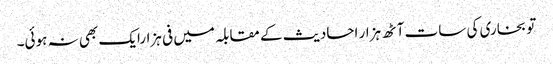
تو بخاری کی سات آٹھ ہزار احادیث کے مقابلہ میں فی ہزارایک بھی نہ ہوئی۔